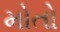
મોતો